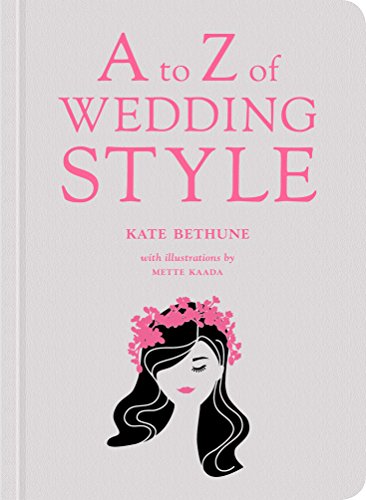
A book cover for A to Z of Wedding Style; Kate Bethune; Crafts, Hobbies & Home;